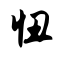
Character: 忸